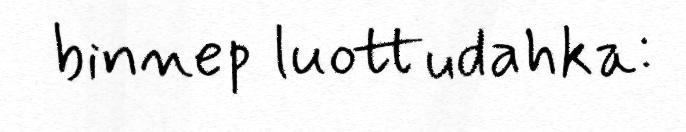
binnep luottudahka: